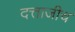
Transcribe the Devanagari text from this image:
दत्ताजीच